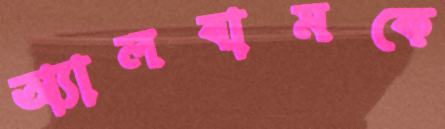
অ্যালবামকে